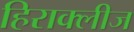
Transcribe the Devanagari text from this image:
हिराक्लीज